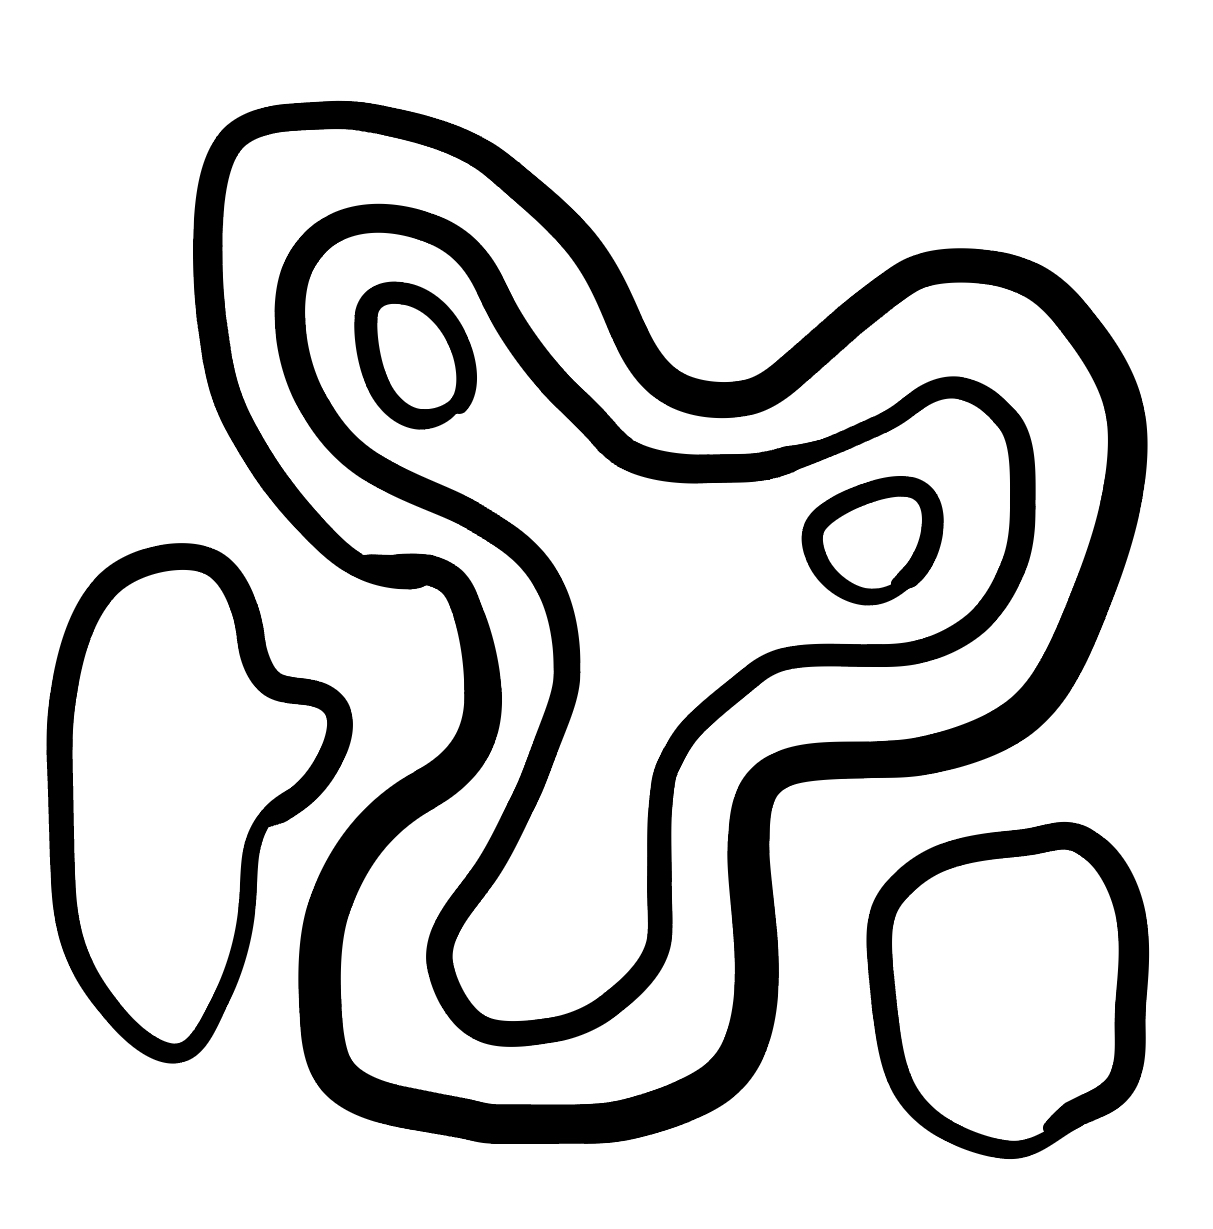
Number of regions (including the outer root region): 7
Containment tree edges (parent, child): 0, 1, 0, 2, 0, 3, 3, 4, 4, 5, 4, 6